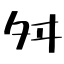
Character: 舛